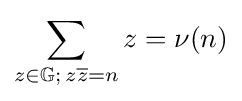
\sum _{z\in \mathbb {G} ;\,z{\overline {z}}=n}z=\nu (n)